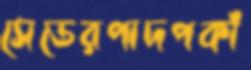
সেডেরপাদপকাঁ